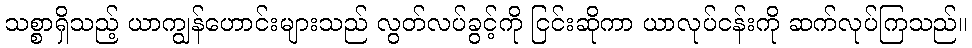
သစ္စာရှိသည့် ယာကျွန်ဟောင်းများသည် လွတ်လပ်ခွင့်ကို ငြင်းဆိုကာ ယာလုပ်ငန်းကို ဆက်လုပ်ကြသည်။